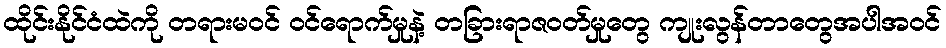
ထိုင်းနိုင်ငံထဲကို တရားမဝင် ဝင်ရောက်မှုနဲ့ တခြားရာဇဝတ်မှုတွေ ကျုးလွန်တာတွေအပါအဝင်